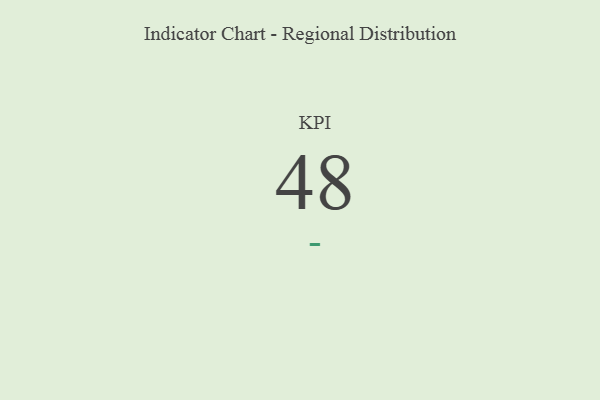
{"axis": {"x": "KPI", "y": "Value"}, "legend": [""], "data": [{"x": "KPI", "y": 48, "type": ""}]}